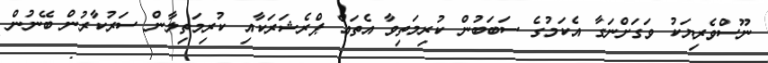
ނޫސްވެރިޔަކު ވަގަށްނަގާ އެކަމުގެ ސަބަބުން ކުރިމަތިވާ އެތައް ޕްރެޝަރަކާއި ކުރިމަތިލާން ސަރުކާރުން ބޭނުން